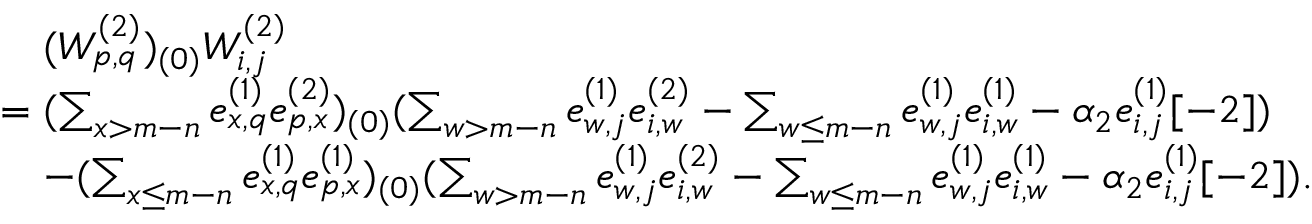
\begin{array} { r l } & { \quad ( W _ { p , q } ^ { ( 2 ) } ) _ { ( 0 ) } W _ { i , j } ^ { ( 2 ) } } \\ & { = ( \sum _ { x > m - n } e _ { x , q } ^ { ( 1 ) } e _ { p , x } ^ { ( 2 ) } ) _ { ( 0 ) } ( \sum _ { w > m - n } e _ { w , j } ^ { ( 1 ) } e _ { i , w } ^ { ( 2 ) } - \sum _ { w \leq m - n } e _ { w , j } ^ { ( 1 ) } e _ { i , w } ^ { ( 1 ) } - \alpha _ { 2 } e _ { i , j } ^ { ( 1 ) } [ - 2 ] ) } \\ & { \quad - ( \sum _ { x \leq m - n } e _ { x , q } ^ { ( 1 ) } e _ { p , x } ^ { ( 1 ) } ) _ { ( 0 ) } ( \sum _ { w > m - n } e _ { w , j } ^ { ( 1 ) } e _ { i , w } ^ { ( 2 ) } - \sum _ { w \leq m - n } e _ { w , j } ^ { ( 1 ) } e _ { i , w } ^ { ( 1 ) } - \alpha _ { 2 } e _ { i , j } ^ { ( 1 ) } [ - 2 ] ) . } \end{array}